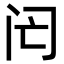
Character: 𨸁